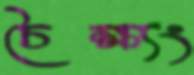
চৈক্ষ্যং